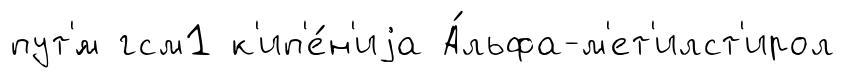
пут'́м гсм1 к'ип'е́н'иjа А́льфа-м'ет'илст'ирол